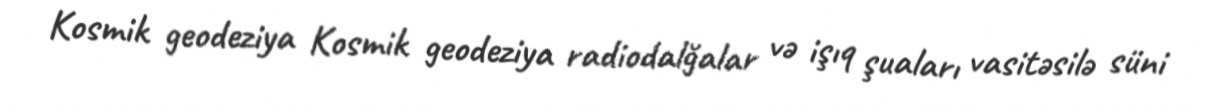
Kosmik geodeziya Kosmik geodeziya radiodalğalar və işıq şuaları vasitəsilə süni